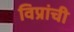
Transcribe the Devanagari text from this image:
विप्रांची